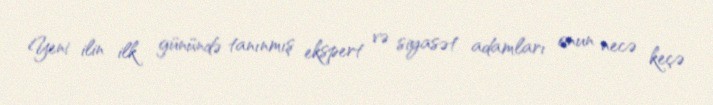
Yeni ilin ilk günündə tanınmış ekspert və siyasət adamları onun necə keçə